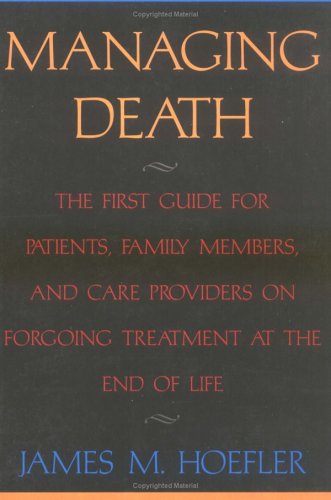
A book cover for Managing Death; James M Hoefler; Medical Books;